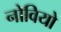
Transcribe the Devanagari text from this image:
नोवियो